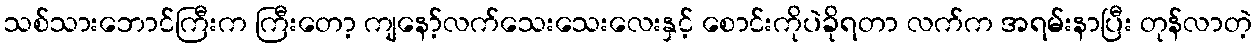
သစ်သားဘောင်ကြီးက ကြီးတော့ ကျနော့်လက်သေးသေးလေးနှင့် စောင်းကိုပဲခိုရတာ လက်က အရမ်းနာပြီး တုန်လာတဲ့